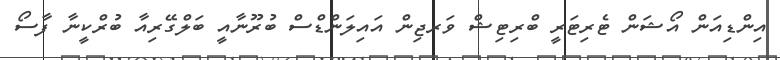
އިންޑިއަން އޯޝަން ޓެރިޓަރީ ބްރިޓިޝް ވަރޖިން އައިލަންޑްސް ބުރޫނާއީ ބަލްގޭރިއާ ބުރްކީނާ ފާސޯ